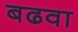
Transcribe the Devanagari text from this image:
बढवा